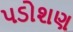
પડોશણ